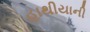
હાથીયાની